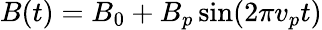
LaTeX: B(t)=B_{0}+B_{p}\sin(2\pi v_{p}t)